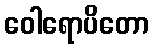
ဝေါရောပိတော